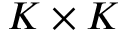
K \times K